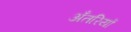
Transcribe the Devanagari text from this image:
अँतरियों